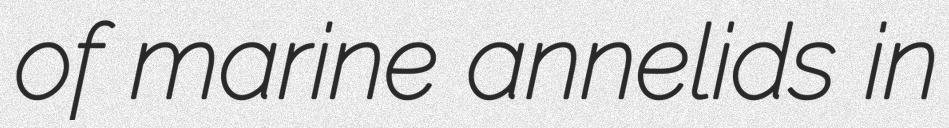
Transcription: of marine annelids in